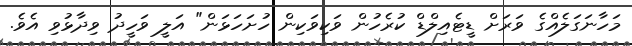
މަހާނަގަލެއްގެ ވަރަށް ޑީޓެއިލްޑް ކުރެހުން ވަކިވަކިން ހުށަހަޅަން" އަލީ ވަހީދު ވިދާޅުވި އެވެ.